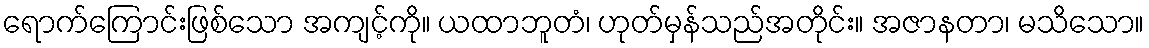
ရောက်ကြောင်းဖြစ်သော အကျင့်ကို။ ယထာဘူတံ၊ ဟုတ်မှန်သည်အတိုင်း။ အဇာနတာ၊ မသိသော။